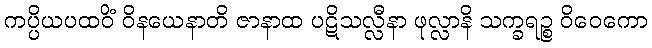
ကပ္ပိယပထဝိံ ဝိနယေနာတိ ဇာနာထ ပဋိသလ္လီနာ ဖုလ္လာနိ သက္ခရဉ္စ ဝိဝေကော